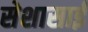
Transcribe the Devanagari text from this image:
सेशासाई